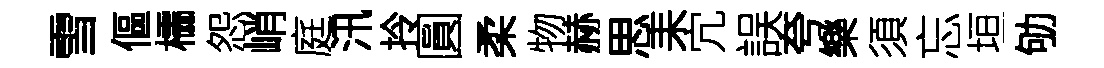
雪傴櫺怨峭庭汛拎圓柔物赫思耒宂誤夸樂須忘垣劬